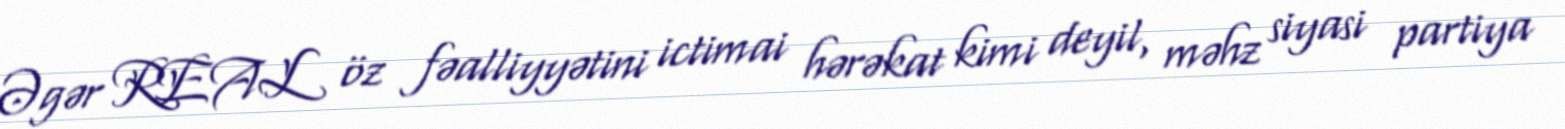
Əgər REAL öz fəalliyyətini ictimai hərəkat kimi deyil, məhz siyasi partiya